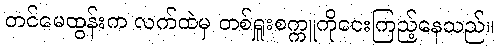
တင်မေထွန်းက လက်ထဲမှ တစ်ရှူးစက္ကူကိုငေးကြည့်နေသည်။